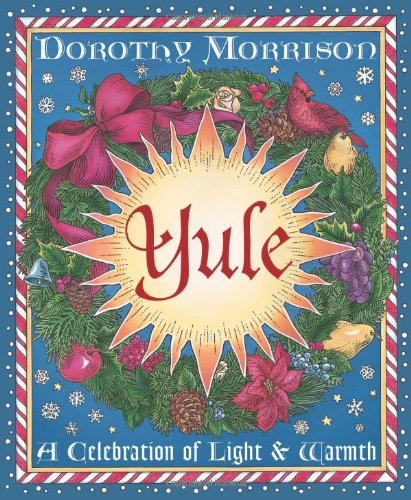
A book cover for Yule: A Celebration of Light and Warmth (Holiday Series); Dorothy Morrison; Cookbooks, Food & Wine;